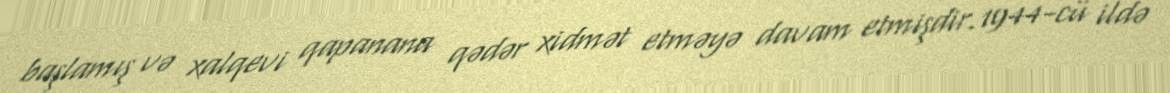
başlamış və xalqevi qapanana qədər xidmət etməyə davam etmişdir.1944-cü ildə